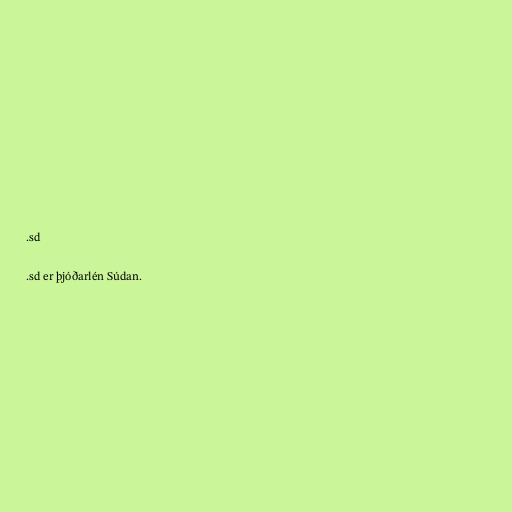
.sd

.sd er þjóðarlén Súdan.